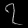
Digit: ၇